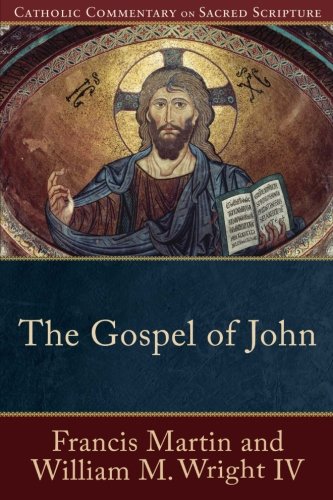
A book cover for The Gospel of John (Catholic Commentary on Sacred Scripture); Francis Martin; Christian Books & Bibles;